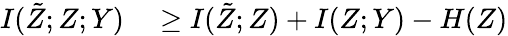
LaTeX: \begin{array}{rl}{I(\tilde{Z};Z;Y)}&{{}\ge I(\tilde{Z};Z)+I(Z;Y)-H(Z)}\end{array}